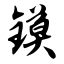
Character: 镆